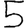
Digit: 5